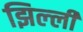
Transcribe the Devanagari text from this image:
झिल्‍ली